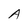
Character: A